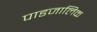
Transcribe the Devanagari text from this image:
पाडजालिक